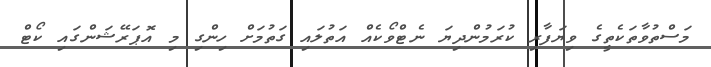
މަސްތުވާތަކެތީގެ ވިޔަފާރި ކުރަމުންދިޔަ ނެޓްވޯކެއް އަތުލައި ގަތުމަށް ހިންގި މި އޮޕަރޭޝަންގައި ކޯޓް